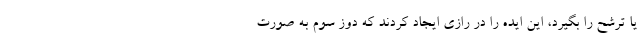
یا ترشح را بگیرد، این ایده را در رازی ایجاد کردند که دوز سوم به صورت